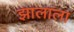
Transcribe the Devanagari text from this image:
झालाला